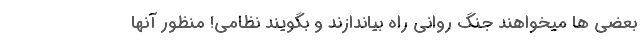
بعضی ها میخواهند جنگ روانی راه بیاندازند و بگویند نظامی! منظور آنها